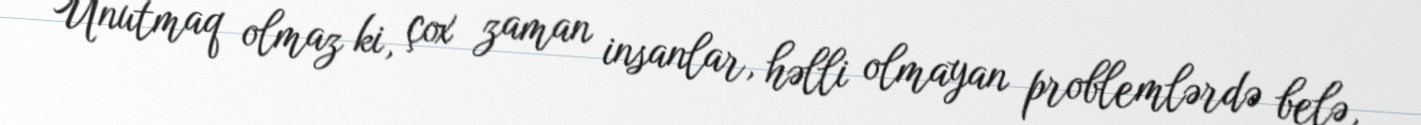
Unutmaq olmaz ki, çox zaman insanlar, həlli olmayan problemlərdə belə,